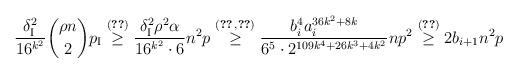
LaTeX: \begin{align*}\frac{\delta_{\rm I}^2}{16^{k^2}}\binom{\rho n}2p_{\rm I}\overset{\eqref{eq:ps}}{\ge} \frac{\delta_{\rm I}^2\rho^2\alpha}{16^{k^2}\cdot 6}n^2p \overset{(\ref{eq:dgdr}\,,\ref{eq:delta_I})}{\geq} \frac{b_i^4a_i^{36k^2+8k}}{6^5\cdot2^{109k^4+26k^3+4k^2}}np^2 \overset{\eqref{rec}}{\ge} 2b_{i+1}n^2p\end{align*}